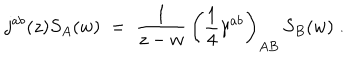
j ^ { a b } ( z ) S _ { A } ( w ) \; = \; \frac { 1 } { z - w } \, \left( \frac { 1 } { 4 } \gamma ^ { a b } \right) _ { A B } \, S _ { B } ( w ) \; .